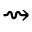
\rightsquigarrow